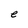
Character: e